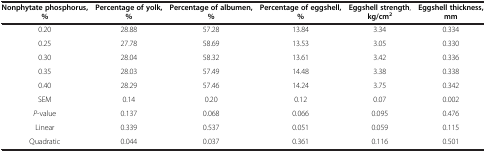
<table><thead><tr><td><b>Nonphytate phosphorus, %</b></td><td><b>Percentage of yolk, %</b></td><td><b>Percentage of albumen, %</b></td><td><b>Percentage of eggshell, %</b></td><td><b>Eggshell strength, kg/cm<sup>2</sup></b></td><td><b>Eggshell thickness, mm</b></td></tr></thead><tbody><tr><td>0.20</td><td>28.88</td><td>57.28</td><td>13.84</td><td>3.34</td><td>0.334</td></tr><tr><td>0.25</td><td>27.78</td><td>58.69</td><td>13.53</td><td>3.05</td><td>0.330</td></tr><tr><td>0.30</td><td>28.04</td><td>58.32</td><td>13.61</td><td>3.42</td><td>0.336</td></tr><tr><td>0.35</td><td>28.03</td><td>57.49</td><td>14.48</td><td>3.38</td><td>0.338</td></tr><tr><td>0.40</td><td>28.29</td><td>57.46</td><td>14.24</td><td>3.75</td><td>0.342</td></tr><tr><td>SEM</td><td>0.14</td><td>0.20</td><td>0.12</td><td>0.07</td><td>0.002</td></tr><tr><td><i>P</i>-value</td><td>0.137</td><td>0.068</td><td>0.066</td><td>0.095</td><td>0.476</td></tr><tr><td>Linear</td><td>0.339</td><td>0.537</td><td>0.051</td><td>0.059</td><td>0.115</td></tr><tr><td>Quadratic</td><td>0.044</td><td>0.037</td><td>0.361</td><td>0.116</td><td>0.501</td></tr></tbody></table>